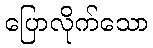
ပြောလိုက်သော